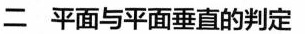
二 平面与平面垂直的判定